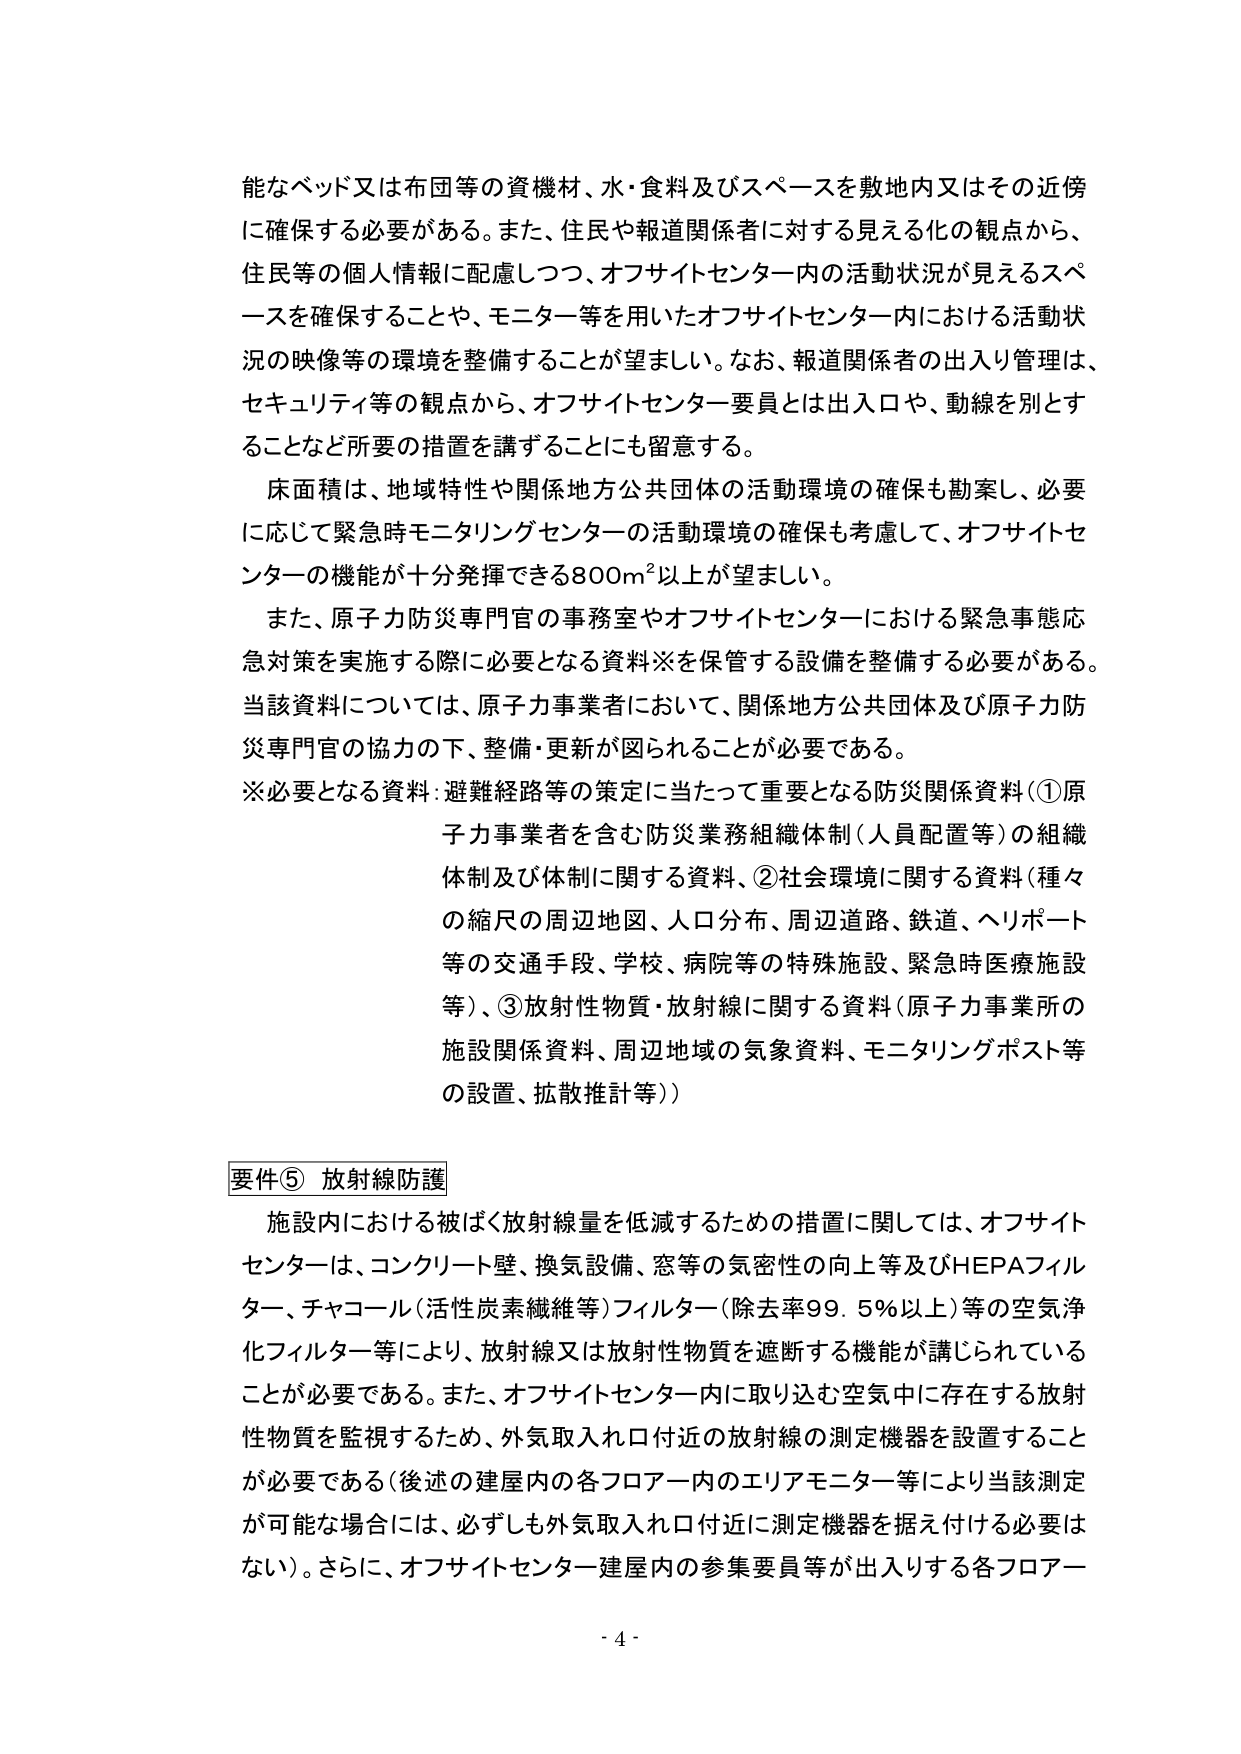
能なベッド又は布団等の資機材、水・食料及びスペースを敷地内又はその近傍に確保する必要がある。また、住民や報道関係者に対する見える化の観点から、住民等の個人情報に配慮しつつ、オフサイトセンター内の活動状況が見えるスペースを確保することや、モニター等を用いたオフサイトセンター内における活動状況の映像等の環境を整備することが望ましい。なお、報道関係者の出入り管理は、セキュリティ等の観点から、オフサイトセンター要員とは出入口や、動線を別とすることなど所要の措置を講ずることにも留意する。

床面積は、地域特性や関係地方公共団体の活動環境の確保も勘案し、必要に応じて緊急時モニタリングセンターの活動環境の確保も考慮して、オフサイトセンターの機能が十分発揮できる800m²以上が望ましい。

また、原子力防災専門官の事務室やオフサイトセンターにおける緊急事態応急対策を実施する際に必要となる資料※を保管する設備を整備する必要がある。当該資料については、原子力事業者において、関係地方公共団体及び原子力防災専門官の協力の下、整備・更新が図られることが必要である。

※必要となる資料：避難経路等の策定に当たって重要となる防災関係資料（①原子力事業者を含む防災業務組織体制（人員配置等）の組織体制及び体制に関する資料、②社会環境に関する資料（種々の縮尺の周辺地図、人口分布、周辺道路、鉄道、ヘリポート等の交通手段、学校、病院等の特殊施設、緊急時医療施設等）、③放射性物質・放射線に関する資料（原子力事業所の施設関係資料、周辺地域の気象資料、モニタリングポスト等の設置、拡散推計等））

要件⑤ 放射線防護

施設内における被ばく放射線量を低減するための措置に関しては、オフサイトセンターは、コンクリート壁、換気設備、窓等の気密性の向上等及びHEPAフィルター、チャコール（活性炭素繊維等）フィルター（除去率99.5％以上）等の空気浄化フィルター等により、放射線又は放射性物質を遮断する機能が講じられていることが必要である。また、オフサイトセンター内に取り込む空気中に存在する放射性物質を監視するため、外気取入れ口付近の放射線の測定機器を設置することが必要である（後述の建屋内の各フロアー内のエリアモニター等により当該測定が可能な場合には、必ずしも外気取入れ口付近に測定機器を据え付ける必要はない）。さらに、オフサイトセンター建屋内の参集要員等が出入りする各フロアー

- 4 -